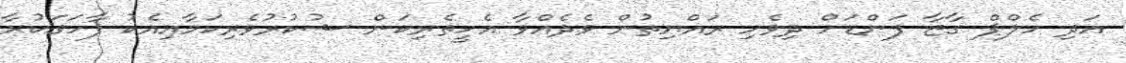
އަދި ހެލްޕް ގާޒާ ފަންޑަށް ދިވެހި ރައްޔިތުން ވެދެއްވާ އެހީތެރިކަން ޝުކުރުވެރިކަމާއިއެކު ފާހަގަކުރާ